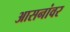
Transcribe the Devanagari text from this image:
आसनांवर